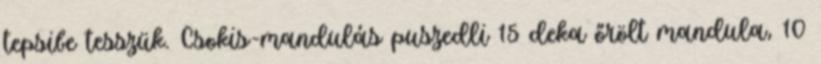
tepsibe tesszük. Csokis-mandulás puszedli 15 deka őrölt mandula, 10